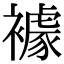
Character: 𧝲